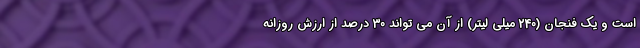
است و یک فنجان (240 میلی لیتر) از آن می تواند 30 درصد از ارزش روزانه